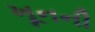
ખૂનની